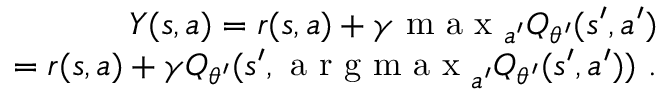
\begin{array} { r } { Y ( s , a ) = r ( s , a ) + \gamma \mathrm { ~ m ~ a ~ x ~ } _ { a ^ { \prime } } Q _ { \theta ^ { \prime } } ( s ^ { \prime } , a ^ { \prime } ) } \\ { = r ( s , a ) + \gamma Q _ { \theta ^ { \prime } } ( s ^ { \prime } , \mathrm { ~ a ~ r ~ g ~ m ~ a ~ x ~ } _ { a ^ { \prime } } Q _ { \theta ^ { \prime } } ( s ^ { \prime } , a ^ { \prime } ) ) ~ . } \end{array}